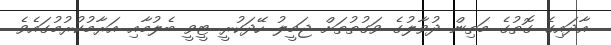
އާދައިގެ ގޮތުގެ މަތިން ދުވާލުގެ ވަގުތުތަށް ޖަމީލު ހޭދަކުރީ ޓީވީ ބެލުމާއި އަރާމުކުރުމުގައެވެ.